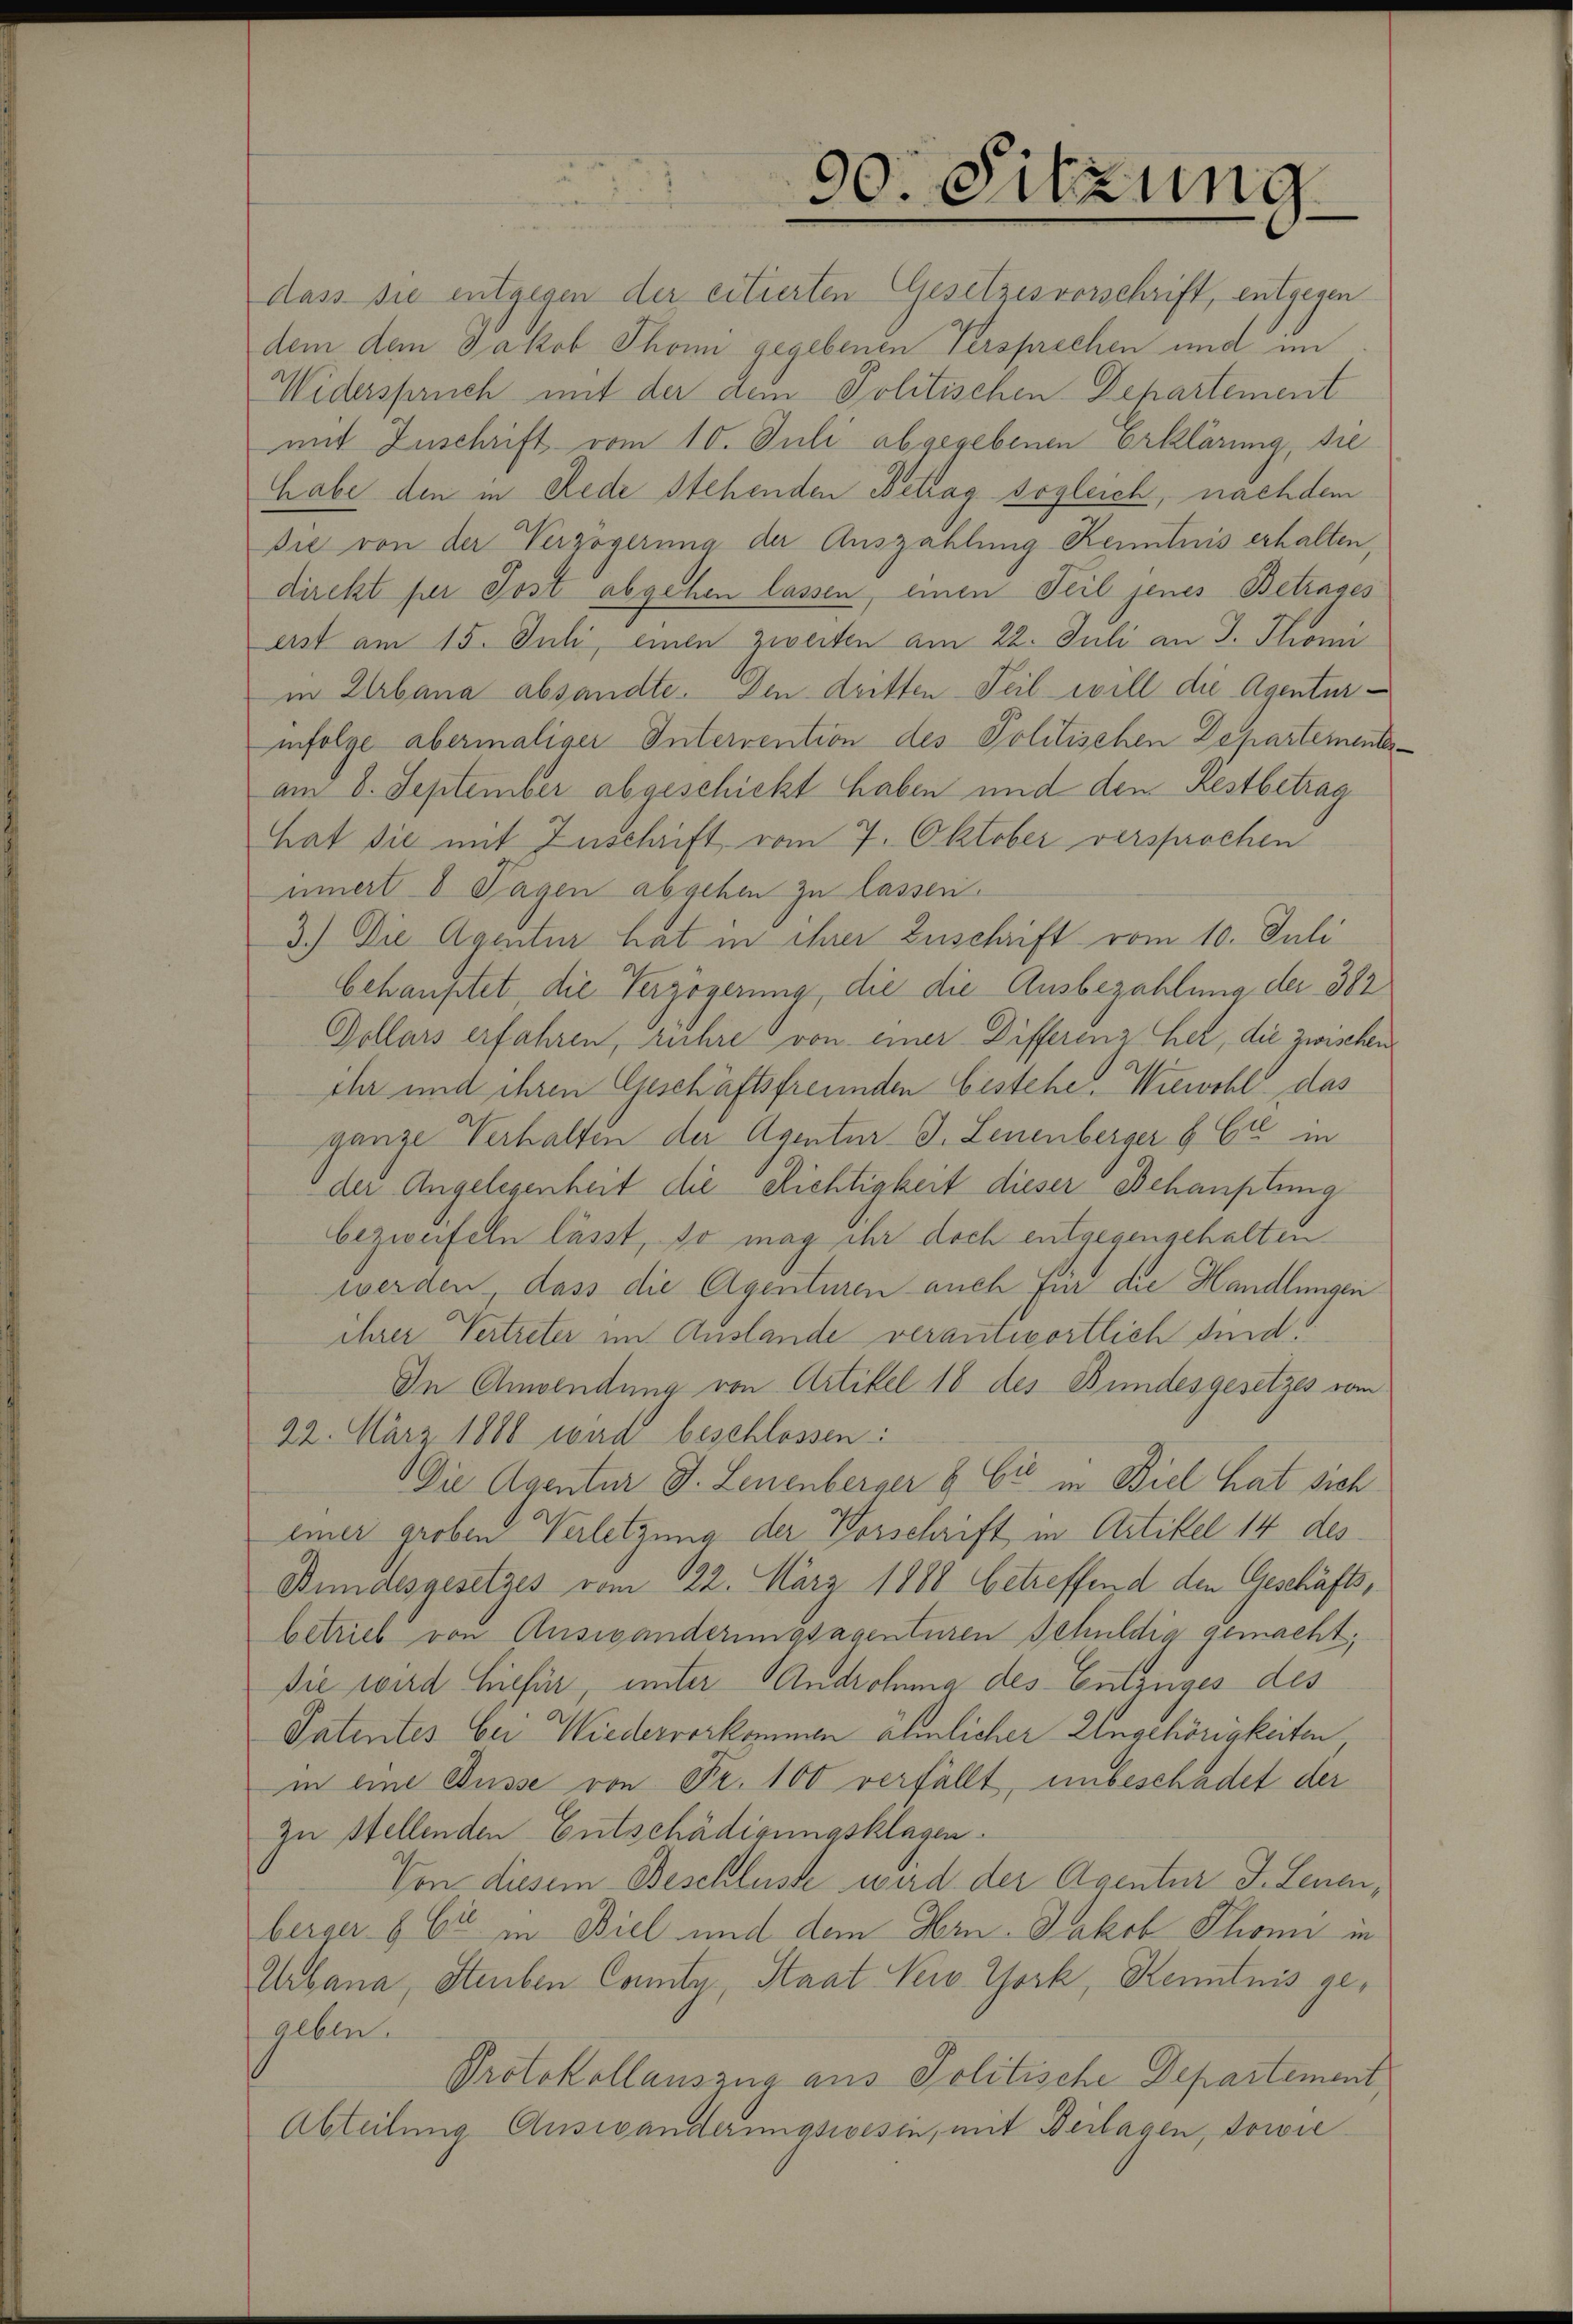
dass sie entgegen der citierten Gesetzesvorschrift, entgegen
dem dem Jakob Thoni gegebenen Versprechen und im
Widerspruch mit der dem Politischen Departement
mit Zuschrift vom 10. Juli abgegebenen Erklärung die
habe den in Rede stehenden Betrag sogleich, nachdem
die von der Verzögerung der Auszahlung Kenntnis erhalten,
direkt per Post abgehen lassen, einen Teil jenes Betrages
ast am 15. Juli, einen zweiten am 22. Juli an J. Thomi
in Urbana absandte. Den dritten Teil will die Agenturinfolge abermaliger Interrention des Politischen Departemente
am 6. September abgeschickt haben und dem Restbetrag
hat sie mit Zuschrift vom 7. Oktober versprochen
innert 8 Tagen abgehen zu lassen.
3.) Die Agentur hat in ihrer Zuschrift vom 10. Juli
behauptet die Verzögerung, die die Ausbezahlung der 382
Pollars erfahren, rühre von einer Differenz her, die zwischen
ihr und ihren Geschäftsfreunden bestehe. Wiewohl das
ganze Verhalten der Agentur J. Leuenberger & Cie in
der Angelegenheit die Richtigkeit dieser Behauptung
bezweifeln lässt, so mag ihr doch entgegengehalten
werden, dass die Agenturen auch für die Handlungen
ihrer Vertreter im Anstande verantwortlich sind.
In Anwendung von Artikel 18 des Bundesgesetzes vom
22. März 1886 iura beschlossen:
Die Agentur J. Leuenberger & Cie in Biel hat sich
einer groben Verletzung der Vorschrift in Artikel 14 des
Bundesgesetzes vom 122. März 1888 betreffend den Geschäftsbetrieb von Auswanderungsagenturen Schuldig gemacht,
Die wird hiefür, unter Androhma des Entzuges des
Patentes bei Wiedervorkommen ähnlicher Ungehörigkeiten
in eine Busse von Fr. 100 verfällt, unbeschadet der
zu stellenden Entschädigungsklagen.
Von diesem Beschlusse wird der Agentur J. Leuen,
berger & Cie in Biel und dem Hrn. Jakob Phoni in
Urbana, Stauben Comity, Staat New York, Kenntnis geaeben.
Protokollauszug aus Politische Departement
Abteilung Auswanderungswesen, mit Beilagen, sowie

30. Sitzung